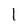
Character: I